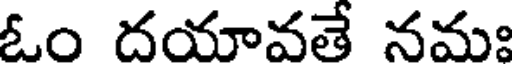
ఓం దయావతే నమః